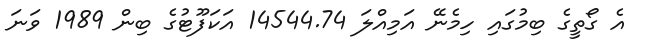
އެ ގޯތީގެ ބިމުގައި ހިމެނޭ އަމިއްލަ 14544.74 އަކަފޫޓުގެ ބިން 1989 ވަނަ